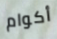
أكوام